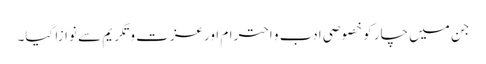
جن میں چار کو خصوصی ادب و احترام اورعزت و تکریم سے نوازا گیا۔